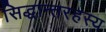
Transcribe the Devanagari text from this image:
सिद्धान्तरहस्य